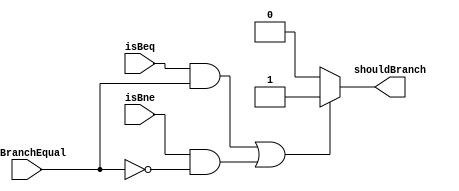
module ShouldBranch (
    isBne,
    isBeq,
    isBranchEqual,
    shouldBranch
);
    input wire isBne;
    input wire isBeq;
    input wire isBranchEqual;
    output reg shouldBranch;
    
    always @(*) begin
        if (isBeq && isBranchEqual
        || isBne && !isBranchEqual) begin
            shouldBranch = 1;
        end else begin
            shouldBranch = 0;
        end
    end

endmodule